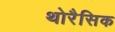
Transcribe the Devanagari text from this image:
थोरैसिक